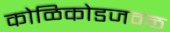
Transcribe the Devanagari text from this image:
कोळिकोडजवळ